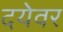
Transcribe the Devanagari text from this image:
दयेवर